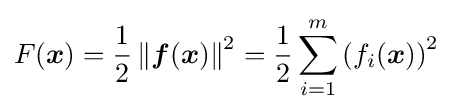
F({\boldsymbol {x}})={\frac {1}{2}}\left\|{\boldsymbol {f}}({\boldsymbol {x}})\right\|^{2}={\frac {1}{2}}\sum _{i=1}^{m}\left(f_{i}({\boldsymbol {x}})\right)^{2}